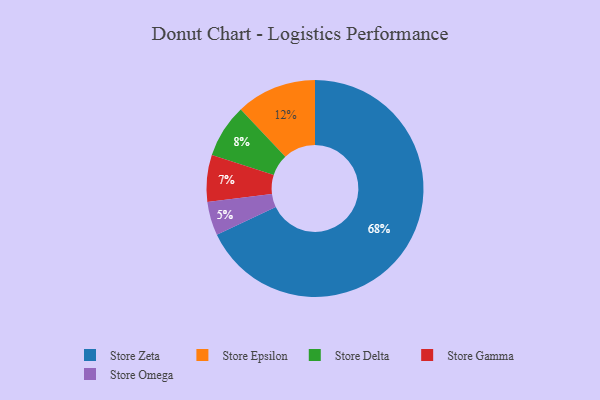
{"axis": {"x": "Category", "y": "Percentage"}, "legend": ["Store Delta", "Store Epsilon", "Store Gamma", "Store Omega", "Store Zeta"], "data": [{"x": "Store Zeta", "y": 68, "type": "Store Zeta"}, {"x": "Store Epsilon", "y": 12, "type": "Store Epsilon"}, {"x": "Store Omega", "y": 5, "type": "Store Omega"}, {"x": "Store Delta", "y": 8, "type": "Store Delta"}, {"x": "Store Gamma", "y": 7, "type": "Store Gamma"}]}